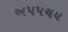
અપપચય